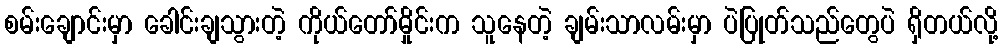
စမ်းချောင်းမှာ ခေါင်းချသွားတဲ့ ကိုယ်တော်မှိုင်းက သူနေတဲ့ ချမ်းသာလမ်းမှာ ပဲပြုတ်သည်တွေပဲ ရှိတယ်လို့